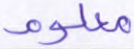
معلوم